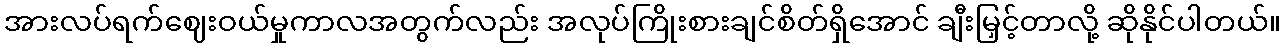
အားလပ်ရက်ဈေးဝယ်မှုကာလအတွက်လည်း အလုပ်ကြိုးစားချင်စိတ်ရှိအောင် ချီးမြှင့်တာလို့ ဆိုနိုင်ပါတယ်။